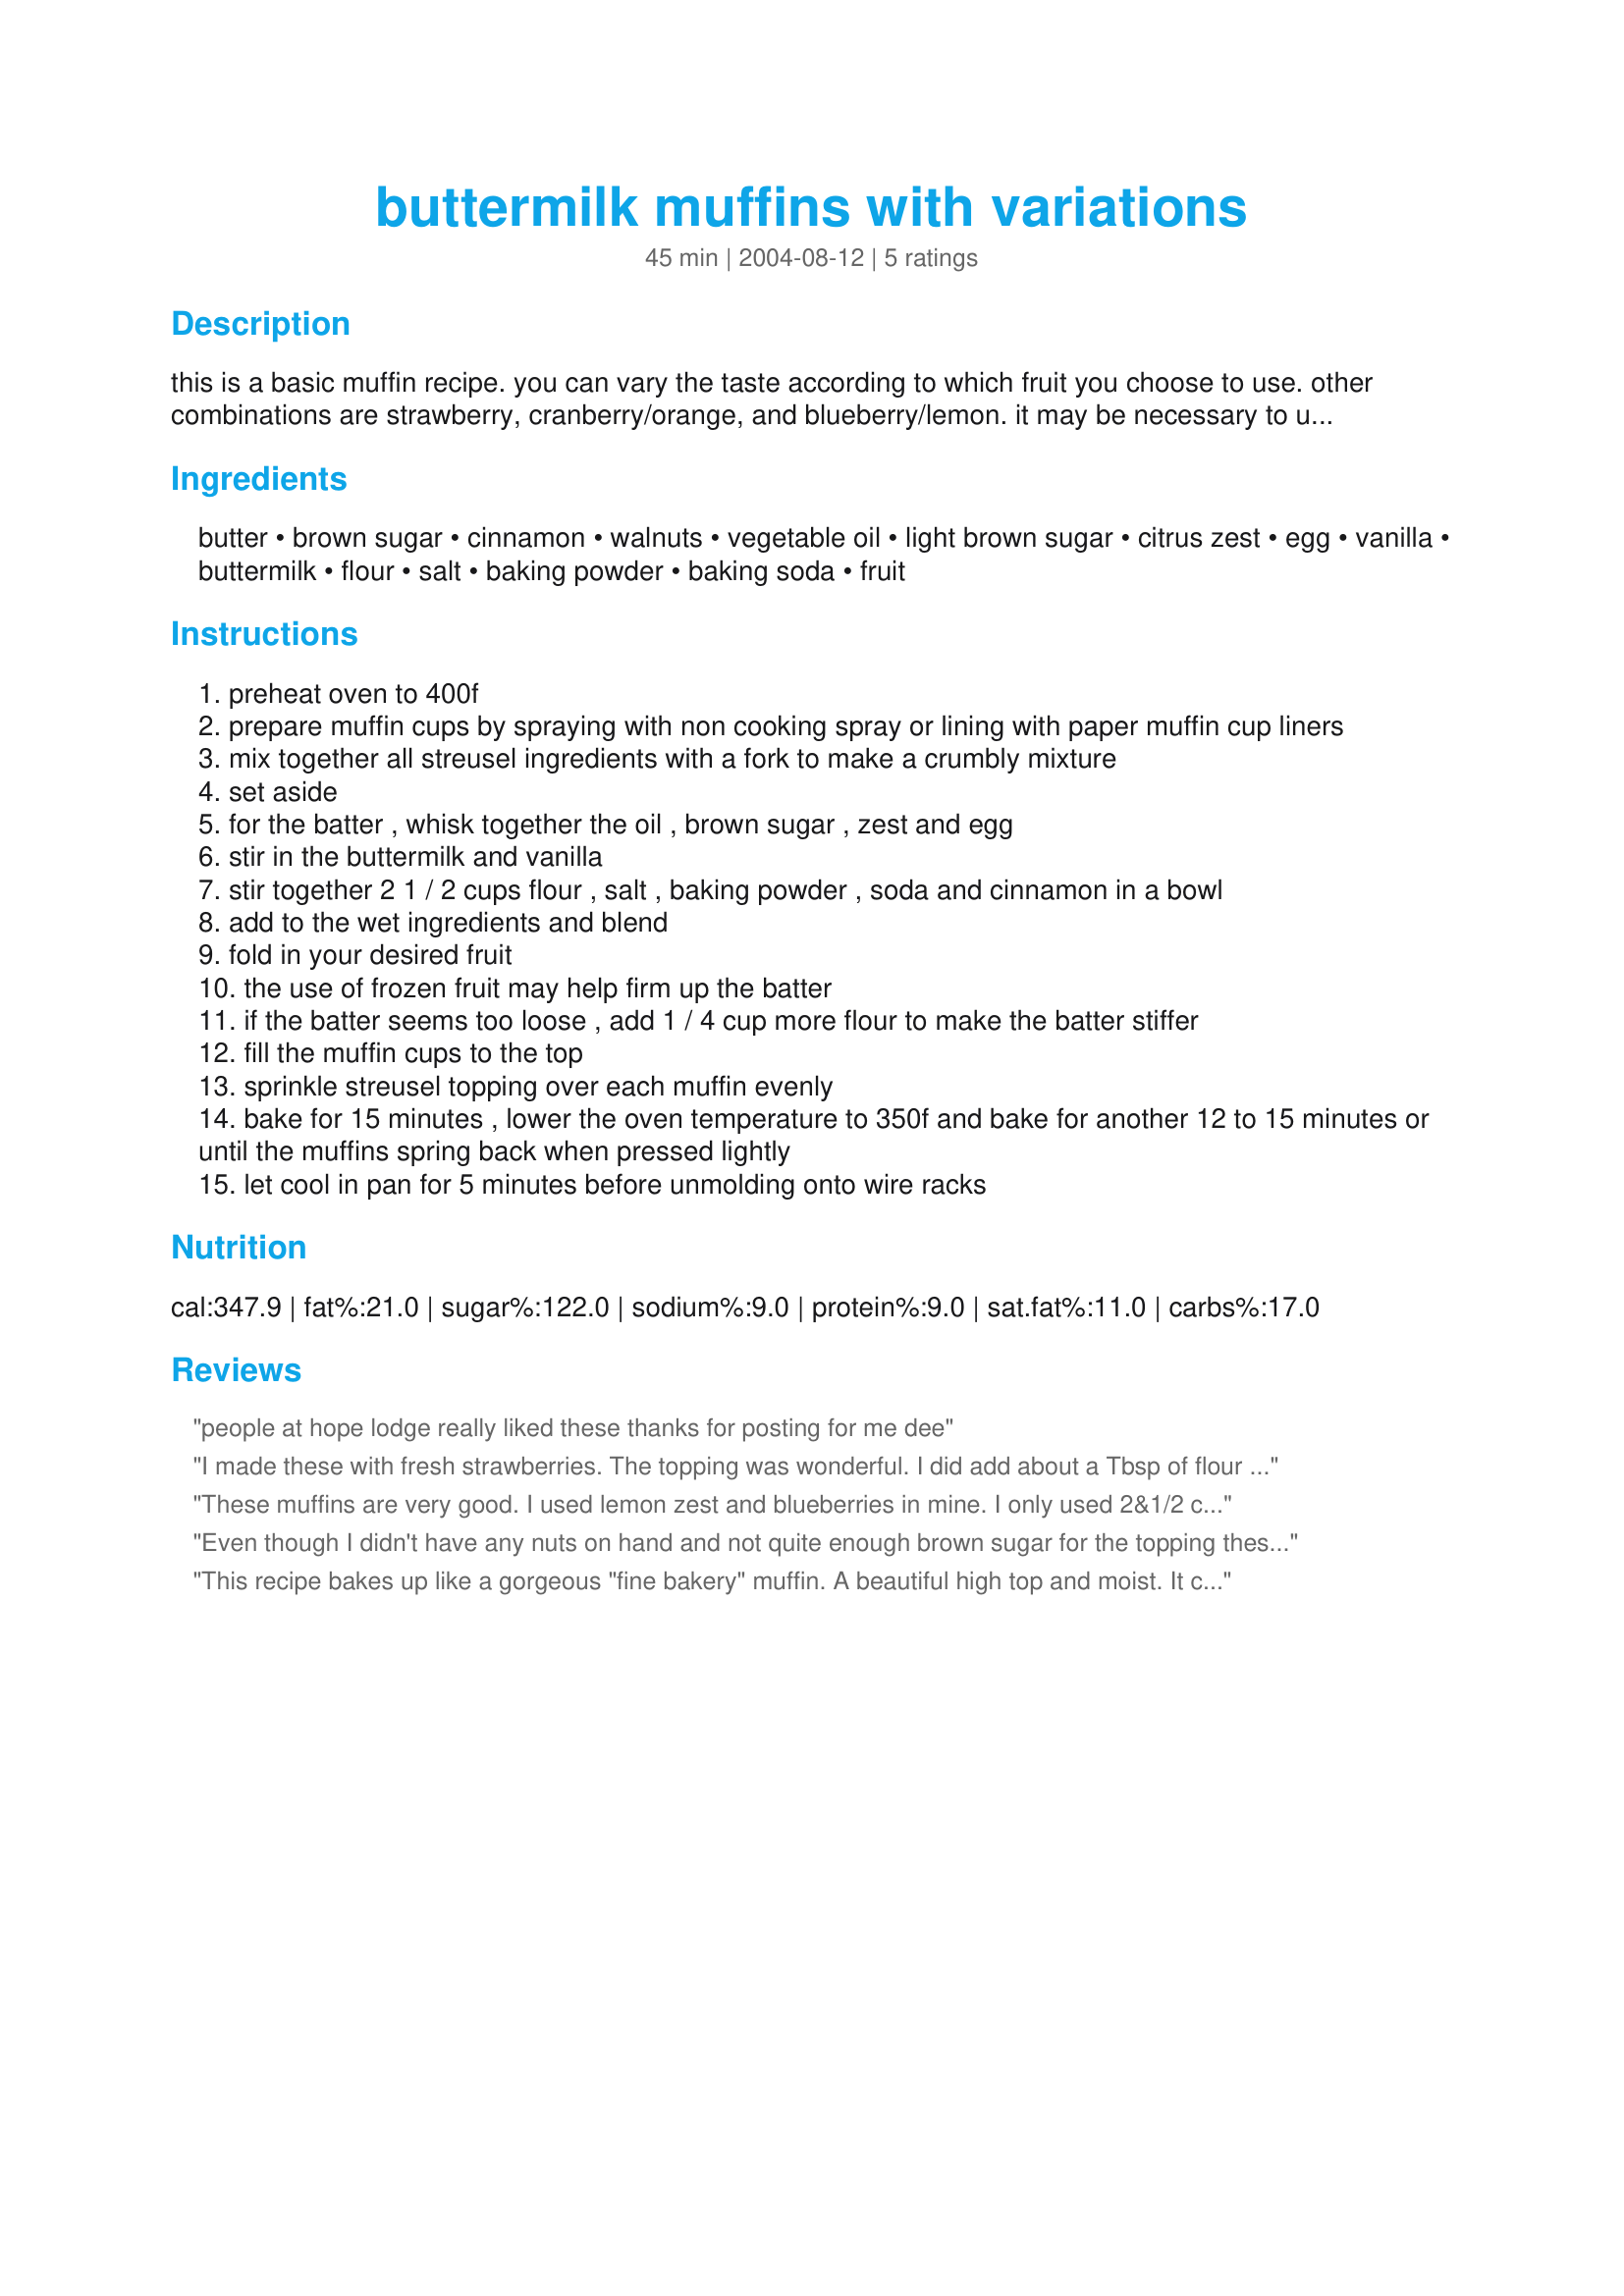
buttermilk muffins with variations
Preparation time: 45 minutes

this is a basic muffin recipe. you can vary the taste according to which fruit you choose to use. other combinations are strawberry, cranberry/orange, and blueberry/lemon. it may be necessary to use more flour depending on which fruit you use.

Ingredients:
butter, brown sugar, cinnamon, walnuts, vegetable oil, light brown sugar, citrus zest, egg, vanilla, buttermilk, flour, salt, baking powder, baking soda, fruit

Steps:
preheat oven to 400f
prepare muffin cups by spraying with non cooking spray or lining with paper muffin cup liners
mix together all streusel ingredients with a fork to make a crumbly mixture
set aside
for the batter , whisk together the oil , brown sugar , zest and egg
stir in the buttermilk and vanilla
stir together 2 1 / 2 cups flour , salt , baking powder , soda and cinnamon in a bowl
add to the wet ingredients and blend
fold in your desired fruit
the use of frozen fruit may help firm up the batter
if the batter seems too loose , add 1 / 4 cup more flour to make the batter stiffer
fill the muffin cups to the top
sprinkle streusel topping over each muffin evenly
bake for 15 minutes , lower the oven temperature to 350f and bake for another 12 to 15 minutes or until the muffins spring back when pressed lightly
let cool in pan for 5 minutes before unmolding onto wire racks

Reviews:
people at hope lodge really liked these thanks for posting for me dee
I made these with fresh strawberries. The topping was wonderful. I did add about a Tbsp of flour to the streusel. Was able to make 12 large muffins and 24 mini-muffins with this recipe. I did leave off the topping on the minimuffins but would definitely add next time as the crunchy topping really makes the muffin. Will definitely make often. My 3 year old summed them up as the best thing she has tasted in her whole entire life.
These muffins are very good. I used lemon zest and blueberries in mine. I only used 2&1/2 cups flour in the batter and used an additional 1/4 cup on the blueberries before I folded them into the batter. The strusel topping is to die for. Thanks MarieAlice!
Even though I didn't have any nuts on hand and not quite enough brown sugar for the topping these muffins were a hit. I used lemon zest and frozen blueberries along with a little white sugar added to the cinnamon & what brown sugar I had for the topping. Next time I will check my pantry first!!!!lol. Thanks for a keeper:)
This recipe bakes up like a gorgeous "fine bakery" muffin. A beautiful high top and moist. It can be used as a basic recipe and choose variations- with and without the streusel, change the flavoring/cinnamon, etc. I would not use frozen berries or ones with seeds again. Fabulous recipe.
